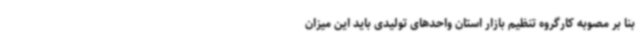
بنا بر مصوبه کارگروه تنظیم بازار استان واحدهای تولیدی باید این میزان